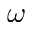
\omega